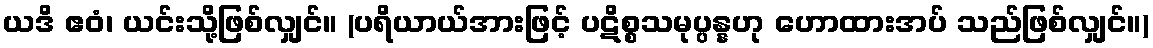
ယဒိ ဧဝံ၊ ယင်းသို့ဖြစ်လျှင်။ (ပရိယာယ်အားဖြင့် ပဋိစ္စသမုပ္ပန္နဟု ဟောထားအပ် သည်ဖြစ်လျှင်။)